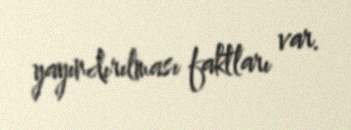
yayındırılması faktları var.